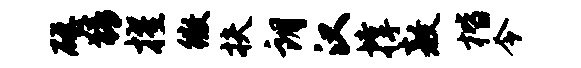
磴猜擢徽扶朗汉撑敖楷令